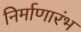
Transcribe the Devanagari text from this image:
निर्माणारंभ